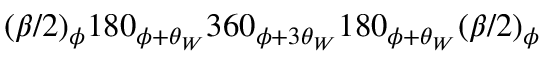
( \beta / 2 ) _ { \phi } 1 8 0 _ { \phi + \theta _ { W } } 3 6 0 _ { \phi + 3 \theta _ { W } } 1 8 0 _ { \phi + \theta _ { W } } ( \beta / 2 ) _ { \phi }